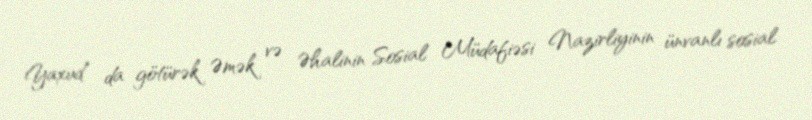
Yaxud da götürək Əmək və Əhalinin Sosial Müdafiəsi Nazirliyinin ünvanlı sosial